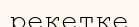
рекетке